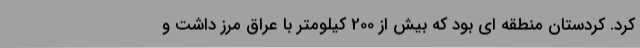
کرد. کردستان منطقه ای بود که بیش از 200 کیلومتر با عراق مرز داشت و